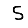
Digit: 5